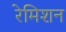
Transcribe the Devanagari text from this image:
रेमिशन